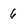
Character: 6